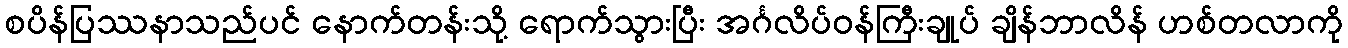
စပိန်ပြဿနာသည်ပင် နောက်တန်းသို့ ရောက်သွားပြီး အင်္ဂလိပ်ဝန်ကြီးချုပ် ချိန်ဘာလိန် ဟစ်တလာကို